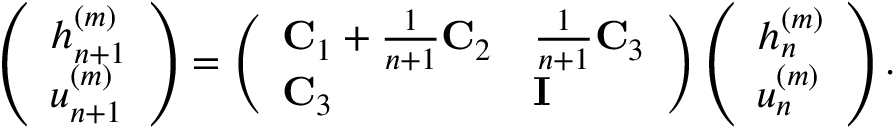
\left( \begin{array} { l } { h _ { n + 1 } ^ { ( m ) } } \\ { u _ { n + 1 } ^ { ( m ) } } \end{array} \right) = \left( \begin{array} { l l } { \mathbf { C } _ { 1 } + \frac { 1 } { n + 1 } \mathbf { C } _ { 2 } } & { \frac { 1 } { n + 1 } \mathbf { C } _ { 3 } } \\ { \mathbf { C } _ { 3 } } & { \mathbf { I } } \end{array} \right) \left( \begin{array} { l } { h _ { n } ^ { ( m ) } } \\ { u _ { n } ^ { ( m ) } } \end{array} \right) .